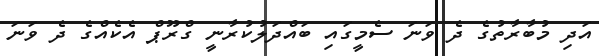
އަދި މުބާރާތުގެ ދެ ވަނަ ސެމީގައި ބައްދަލުކުރާނީ ގްރޫޕް އެކެއްގެ ދެ ވަނަ